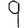
Digit: 9